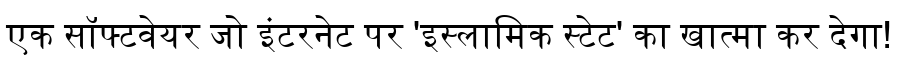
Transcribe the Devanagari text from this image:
एक सॉफ्टवेयर जो इंटरनेट पर 'इस्लामिक स्टेट' का खात्मा कर देगा!